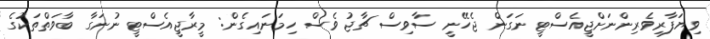
ވިޔަފާރިވެރިންނަށްޖީއެސްޓީ ނަގަން ޖެހޭނީ ސާވިސް ޗާޖު ވެސް ހިމަނައިގެން: މީރާޖީއެސްޓީ ނުނަގާ ބާވަތްތަކުގެ